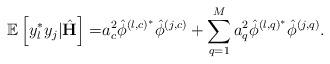
LaTeX: \begin{align*} \mathbb{E}\left[y_l^* y_j|\hat{\mathbf{H}}\right]=&a_c^2\hat{\phi}^{\left(l,c\right)^*}\hat{\phi}^{\left(j,c\right)}+\sum_{q=1}^M a_q^2\hat{\phi}^{\left(l,q\right)^*}\hat{\phi}^{\left(j,q\right)}.\end{align*}